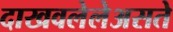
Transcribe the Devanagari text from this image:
दाखवलेलेअसते